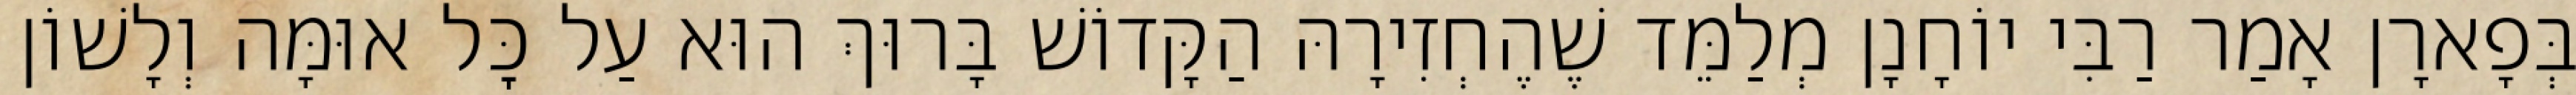
בְּפָארָן אָמַר רַבִּי יוֹחָנָן מְלַמֵּד שֶׁהֶחְזִירָהּ הַקָּדוֹשׁ בָּרוּךְ הוּא עַל כׇּל אוּמָּה וְלָשׁוֹן